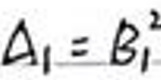
$\Delta _ { 1 } = B _ { 1 } ^ { 2 }$